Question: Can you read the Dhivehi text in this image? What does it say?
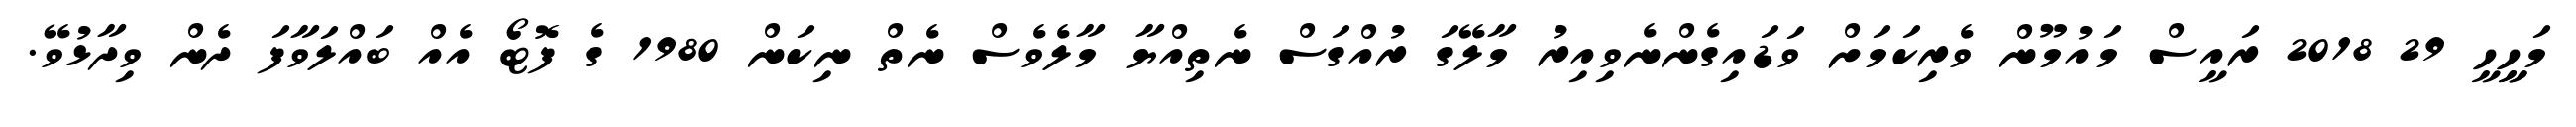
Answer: މަހީީހީ 29 2018 ރައީސް މައުމޫން ވެރިކަމަށް ވަޑައިގެންނެވިއިރު މާލޭގަ ރުއްގަސް ނެތިއްޔާ މާލެވެސް ނެތް ނިކަން 1980 ގެ ފޮޓޯ އެއް ބައްލަވާފަ ދެން ވިދާޅުވޭ.